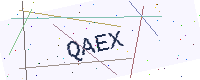
Text: QAEX